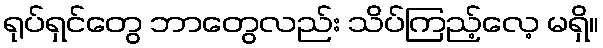
ရုပ်ရှင်တွေ ဘာတွေလည်း သိပ်ကြည့်လေ့ မရှိ။